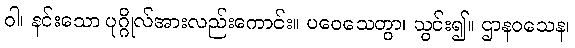
ဝါ၊ နင်းသော ပုဂ္ဂိုလ်အားလည်းကောင်း။ ပဝေသေတွာ၊ သွင်း၍။ ဌာနဝသေန၊